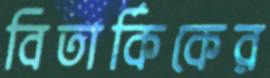
বিতার্কিকের